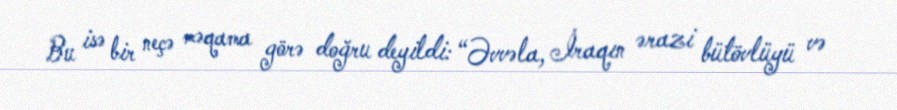
Bu isə bir neçə məqama görə doğru deyildi: “Əvvəla, İraqın ərazi bütövlüyü və